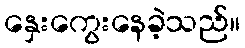
နှေးကွေးနေခဲ့သည်။